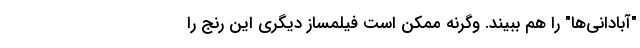
"آبادانی‌ها" را هم ببیند. وگرنه ممکن است فیلمساز دیگری این رنج را